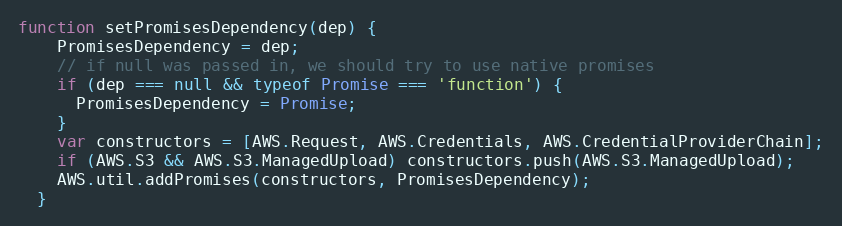
Language: JavaScript
function setPromisesDependency(dep) {
    PromisesDependency = dep;
    // if null was passed in, we should try to use native promises
    if (dep === null && typeof Promise === 'function') {
      PromisesDependency = Promise;
    }
    var constructors = [AWS.Request, AWS.Credentials, AWS.CredentialProviderChain];
    if (AWS.S3 && AWS.S3.ManagedUpload) constructors.push(AWS.S3.ManagedUpload);
    AWS.util.addPromises(constructors, PromisesDependency);
  }